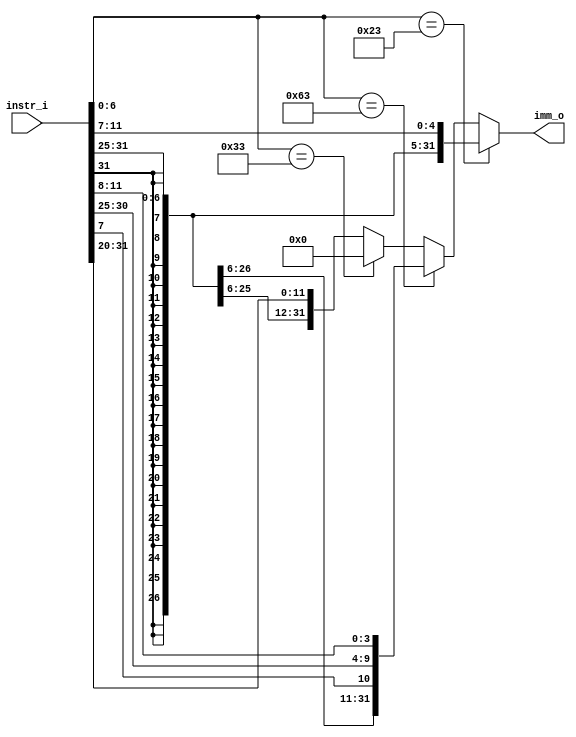
module ImmGen
(
    instr_i,
    imm_o
);

input [31:0] instr_i;
output [31:0] imm_o;

assign imm_o = (instr_i[6:0] == 7'b0100011) ? {{20{instr_i[31]}}, instr_i[31:25], instr_i[11:7]} :
               (instr_i[6:0] == 7'b1100011) ? {{21{instr_i[31]}}, instr_i[7], instr_i[30:25], instr_i[11:8]} :
               (instr_i[6:0] == 7'b0110011) ? 32'b0 : {{20{instr_i[31]}}, instr_i[31:20]};

endmodule